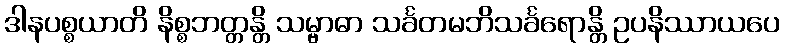
ဒါနပစ္စယာတိ နိစ္စဘတ္တန္တိ သမ္ဗာဓာ သင်္ခတမဘိသင်္ခရောန္တိ ဥပနိဿာယပေ